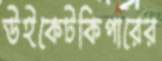
উইকেটকিপারের